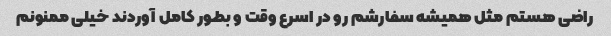
راضی هستم مثل همیشه سفارشم رو در اسرع وقت و بطور کامل آوردند خیلی ممنونم